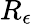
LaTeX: R_{\epsilon}